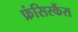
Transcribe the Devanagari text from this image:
फ्रंसिस्कैंस